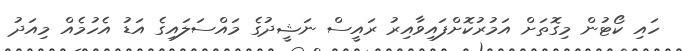
ހައި ކޯޓުން މިގޮތަށް އަމުރުކޮށްފައިވާއިރު ރައީސް ނަޝީދުގެ މައްސަލައިގެ އަޑު އެހުމެއް މިއަދު